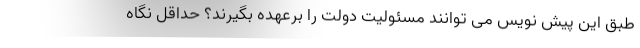
طبق این پیش نویس می توانند مسئولیت دولت را برعهده بگیرند؟ حداقل نگاه